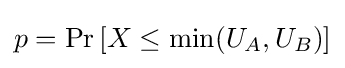
p=\Pr \left[X\leq \min(U_{A},U_{B})\right]\,\!